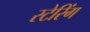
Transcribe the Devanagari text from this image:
स्टेरिंग